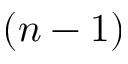
( n - 1 )